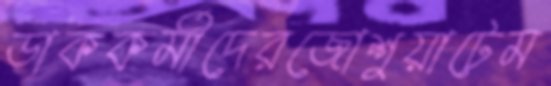
ডাককর্মীদেরজোশুয়াটেম